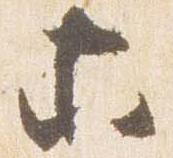
等